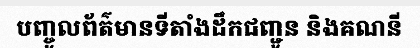
បញ្ចូលព័ត៌មានទីតាំងដឹកជញ្ជូន និងគណនី